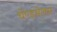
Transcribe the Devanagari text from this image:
चेण्डमेलम